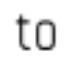
to